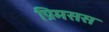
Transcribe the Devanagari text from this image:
प्रिमसस